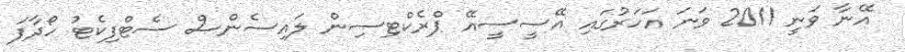
އޭނާ ވަނީ 2011 ވަނަ އަހަރުގައި އޭސީސީއޭ ޕްރެކްޓިސިން ލައިސެންސް ސެޓްފިކެޓު ހޯދާފަ